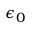
\epsilon _ { 0 }